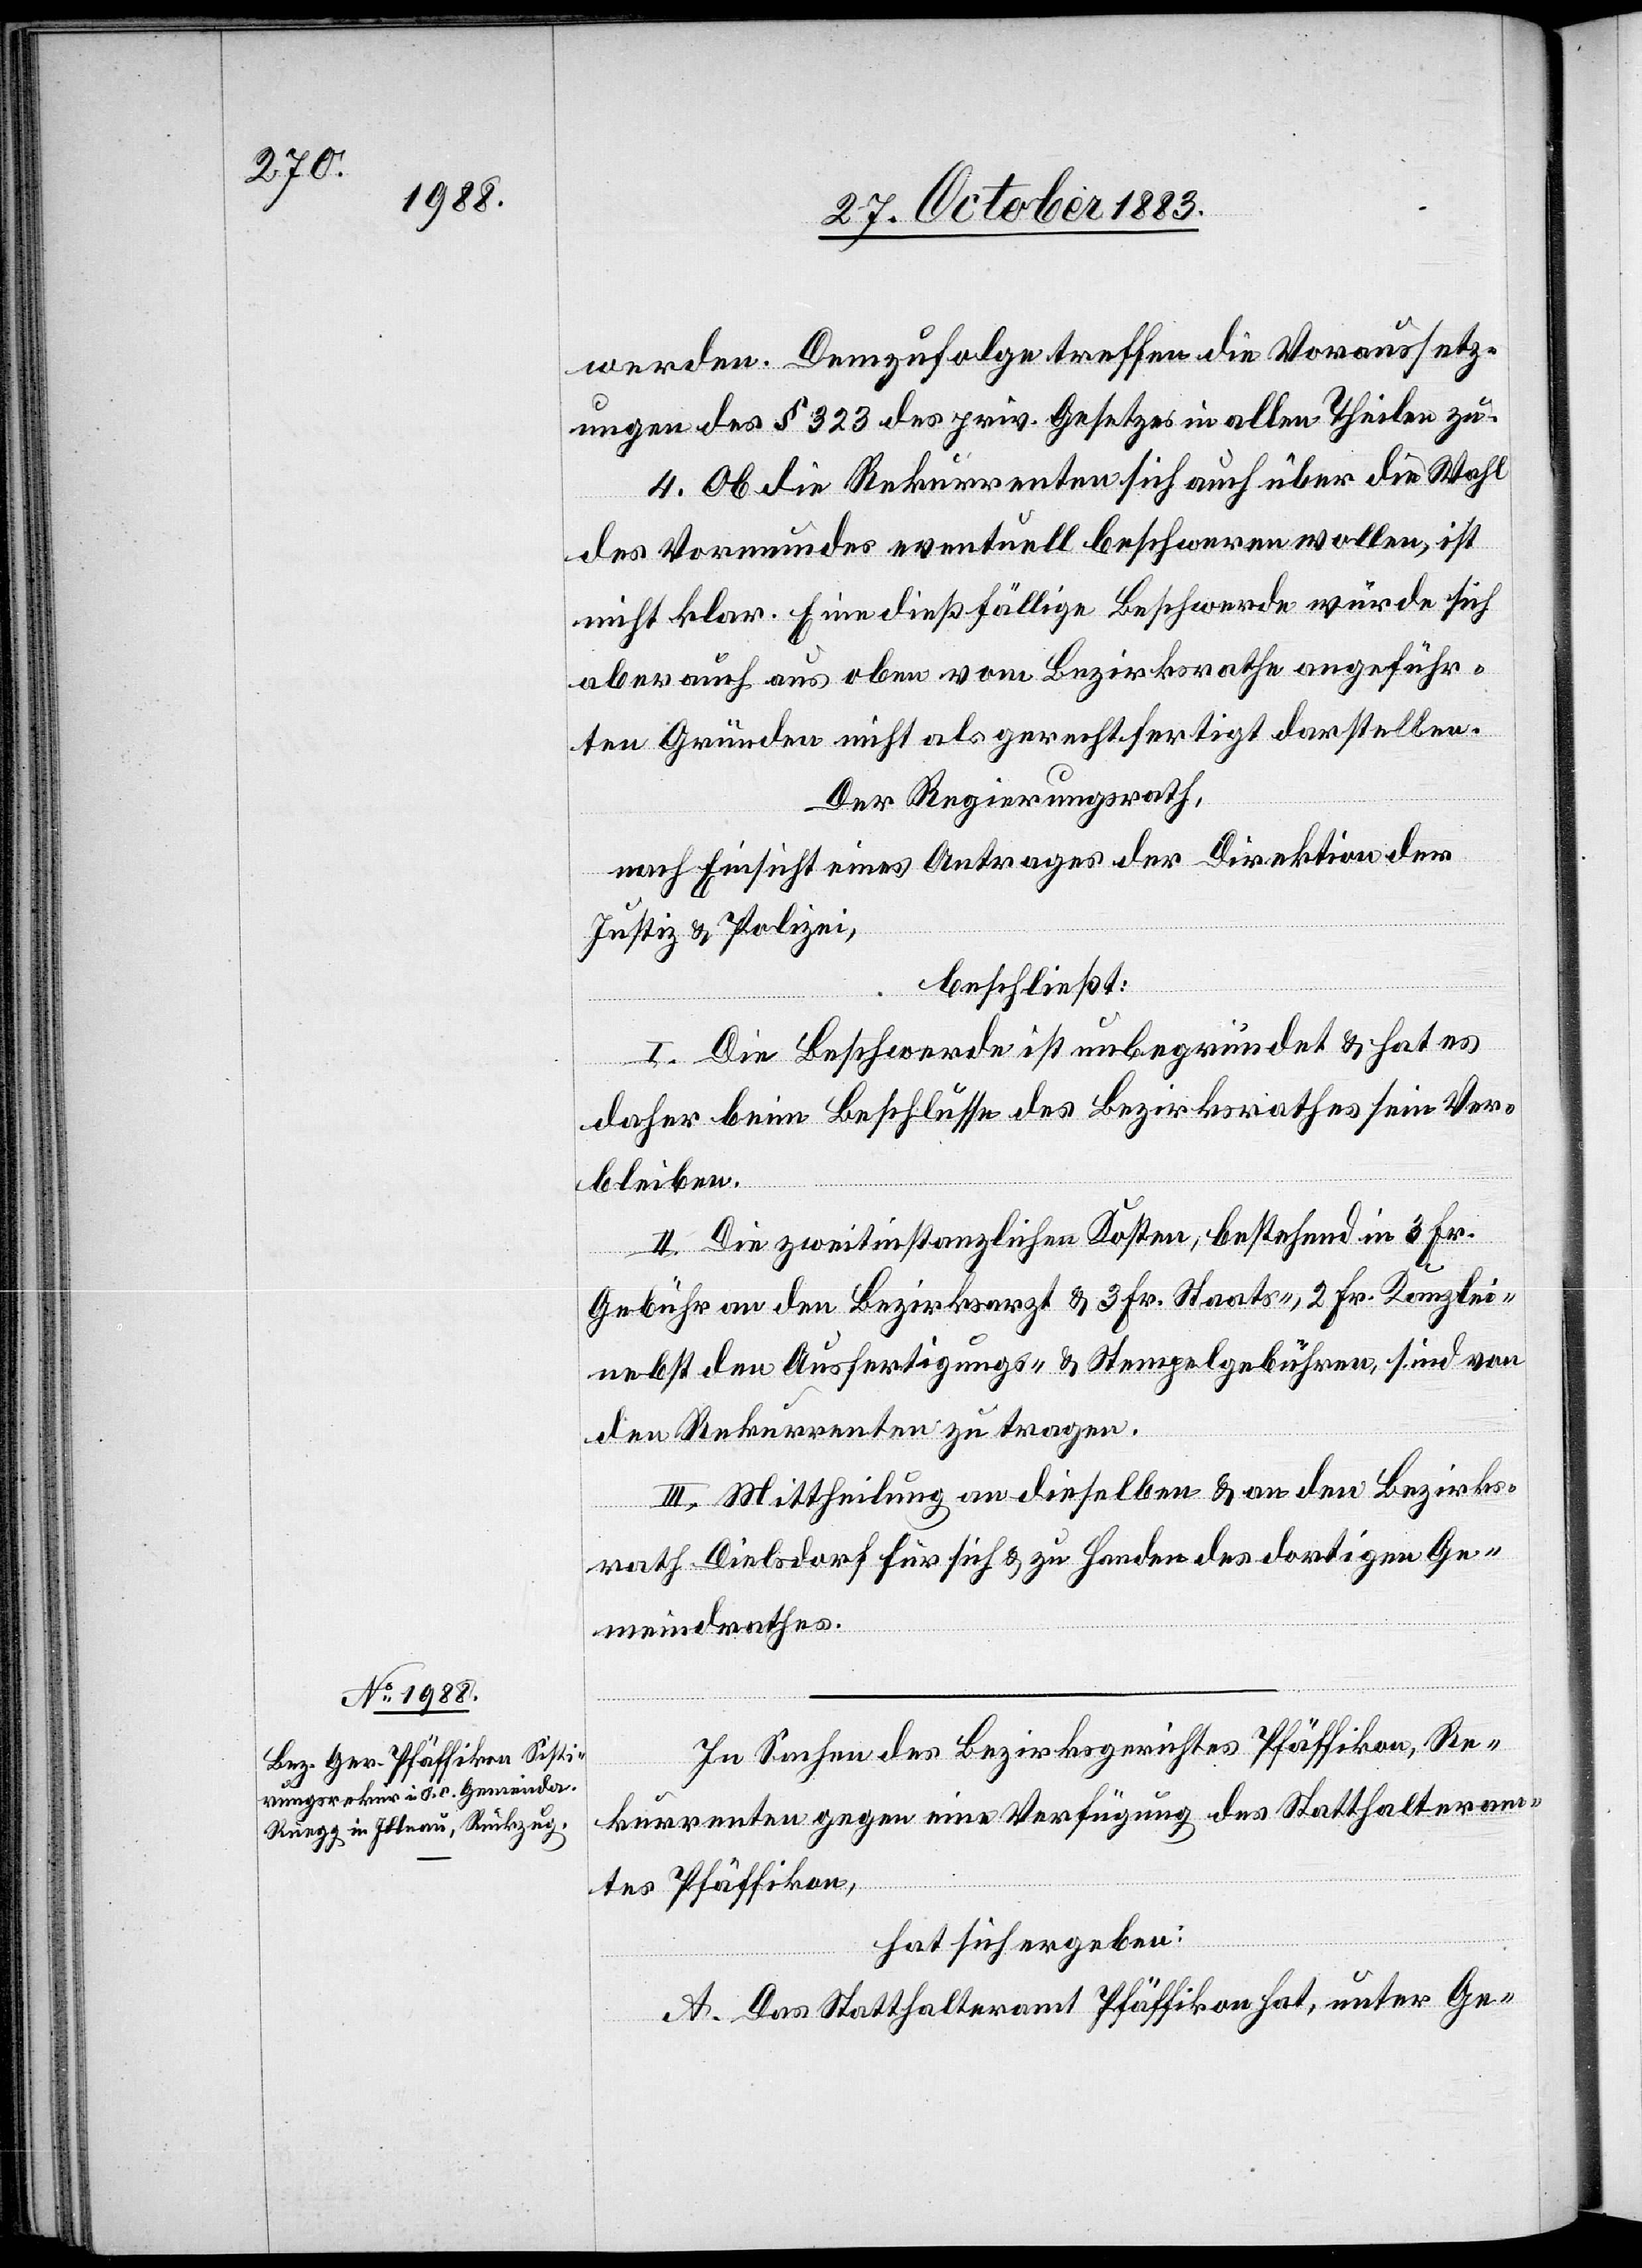
werden. Demzufolge treffen die Voraussetz¬
ungen des § 323 des priv. Gesetzes in allen Theilen zu.
4. Ob die Rekurrenten sich auch über die Wahl
des Vormundes eventuell beschweren wollen, ist
nicht klar. Eine dießfällige Beschwerde würde sich
aber auch aus oben vom Bezirksrathe angeführ¬
ten Gründen nicht als gerechtfertigt darstellen.
Der Regierungsrath,
nach Einsicht eines Antrages der Direktion der
Justiz & Polizei,
beschließt:
I. Die Beschwerde ist unbegründet & hat es
daher beim Beschlusse des Bezirksrathes sein Ver¬
bleiben.
II. Die zweitinstanzlichen Kosten, bestehend in 3 Fr.
Gebühren an den Bezirksarzt & 3 Fr. Staats-, 2 Fr. Kanzlei-
nebst den Ausfertigungs- & Stempelgebühren, sind von
den Rekurrenten zu tragen.
III. Mittheilung an dieselben & an den Bezirks¬
rath Dielsdorf für sich & zu Handen des dortigen Ge¬
meindrathes.
In Sachen des Bezirksgerichtes Pfäffikon, Re¬
kurrenten gegen eine Verfügung des Statthalteram¬
tes Pfäffikon,
hat sich ergeben:
A. Das Statthalteramt Pfäffikon hat, unter Ge-